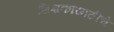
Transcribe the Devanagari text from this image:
शिक्षकांसाठीचे